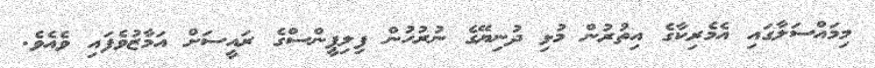
މިމައްސަލާގައި އެމެރިކާގެ އިތުރުން މުޅި ދުނިޔޭގެ ނުރުހުން ފިލިޕީންސްގެ ރައީސަށް އަމާޒުވެފައި ވެއެވެ.